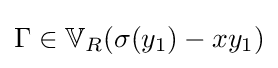
\Gamma \in \mathbb {V} _{R}(\sigma (y_{1})-xy_{1})